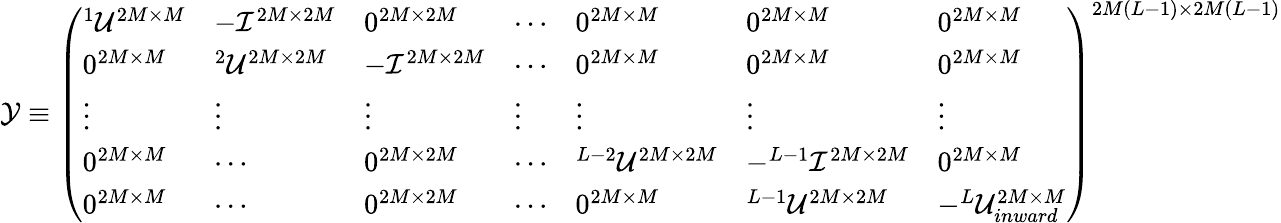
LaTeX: \begin{array}{r}{{\cal Y}\equiv\left(\begin{array}{lllllll}{^1{\cal U}^{2M\times M}}&{-{\cal I}^{2M\times 2M}}&{0^{2M\times 2M}}&{\cdots}&{0^{2M\times M}}&{0^{2M\times M}}&{0^{2M\times M}}\\ {0^{2M\times M}}&{^2{\cal U}^{2M\times 2M}}&{-{\cal I}^{2M\times 2M}}&{\cdots}&{0^{2M\times M}}&{0^{2M\times M}}&{0^{2M\times M}}\\ {\vdots}&{\vdots}&{\vdots}&{\vdots}&{\vdots}&{\vdots}&{\vdots}\\ {0^{2M\times M}}&{\cdots}&{0^{2M\times 2M}}&{\cdots}&{^{L-2}{\cal U}^{2M\times 2M}}&{-^{L-1}{\cal I}^{2M\times 2M}}&{0^{2M\times M}}\\ {0^{2M\times M}}&{\cdots}&{0^{2M\times 2M}}&{\cdots}&{0^{2M\times M}}&{^{L-1}{\cal U}^{2M\times 2M}}&{-^{L}{\cal U}_{inward}^{2M\times M}}\end{array}\right)^{2M(L-1)\times 2M(L-1)}}\end{array}